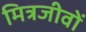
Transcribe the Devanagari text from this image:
मित्रजीवों